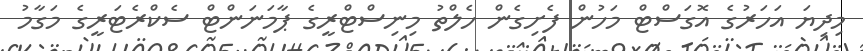
މިދިޔަ އަހަރުގެ އޮގަސްޓް މަހުން ފެށިގެން ހެލްތު މިނިސްޓްރީގެ ޕާމަނަންޓް ސެކްރެޓަރީގެ މަގާމު